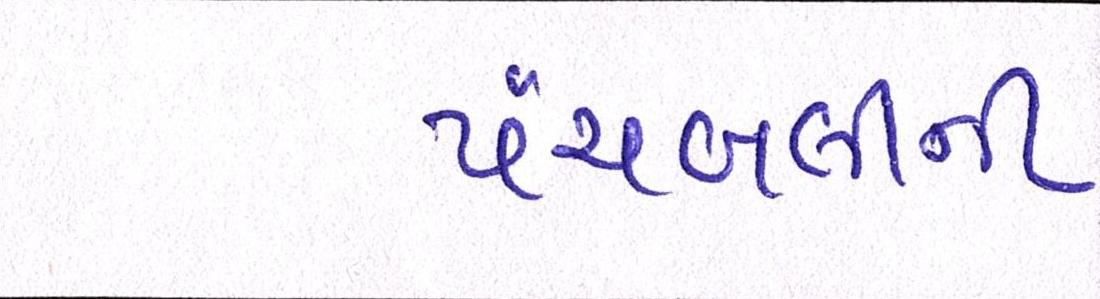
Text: પંચબલીની